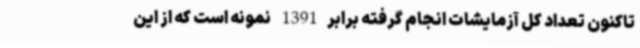
تاکنون تعداد کل آزمایشات انجام گرفته برابر1391 نمونه است که از این